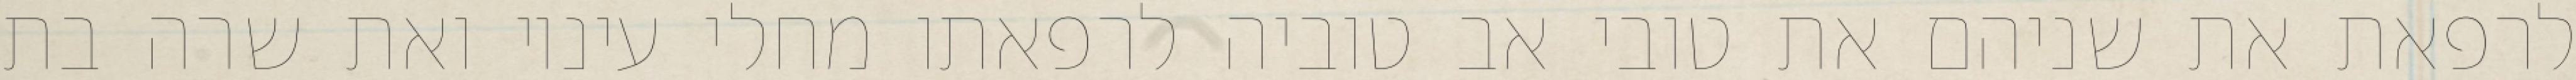
לרפאת את שניהם את טובי אב טוביה לרפאתו מחלי עיניו ואת שרה בת